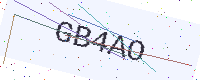
Text: GB4AO